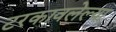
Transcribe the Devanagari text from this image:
टरकावलेल्या